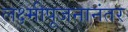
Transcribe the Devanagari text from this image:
लक्ष्मीपूजनानंतर